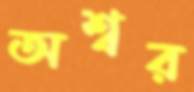
অশ্বর